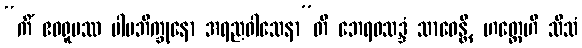
“ကိံ ဧဝရူပဿ ပါပဘိက္ခုနော အရညဝါသေနာ”တိ ဘေရဝသဒ္ဒံ သာဝေန္တိ, ဟတ္ထေဟိ သီသံ